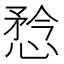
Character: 㥤